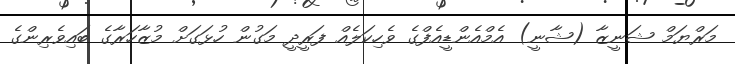
މަރްޔަމް ޝަނީޒާ (ޝާނީ) އެމްްއެންޑީއެފްގެ ވެހިކަލެއް ފަރީދީ މަގުން ހުޅަގަށް މުޒާހަރާގެ ބައިވެރިންގެ